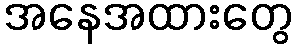
အနေအထားတွေ